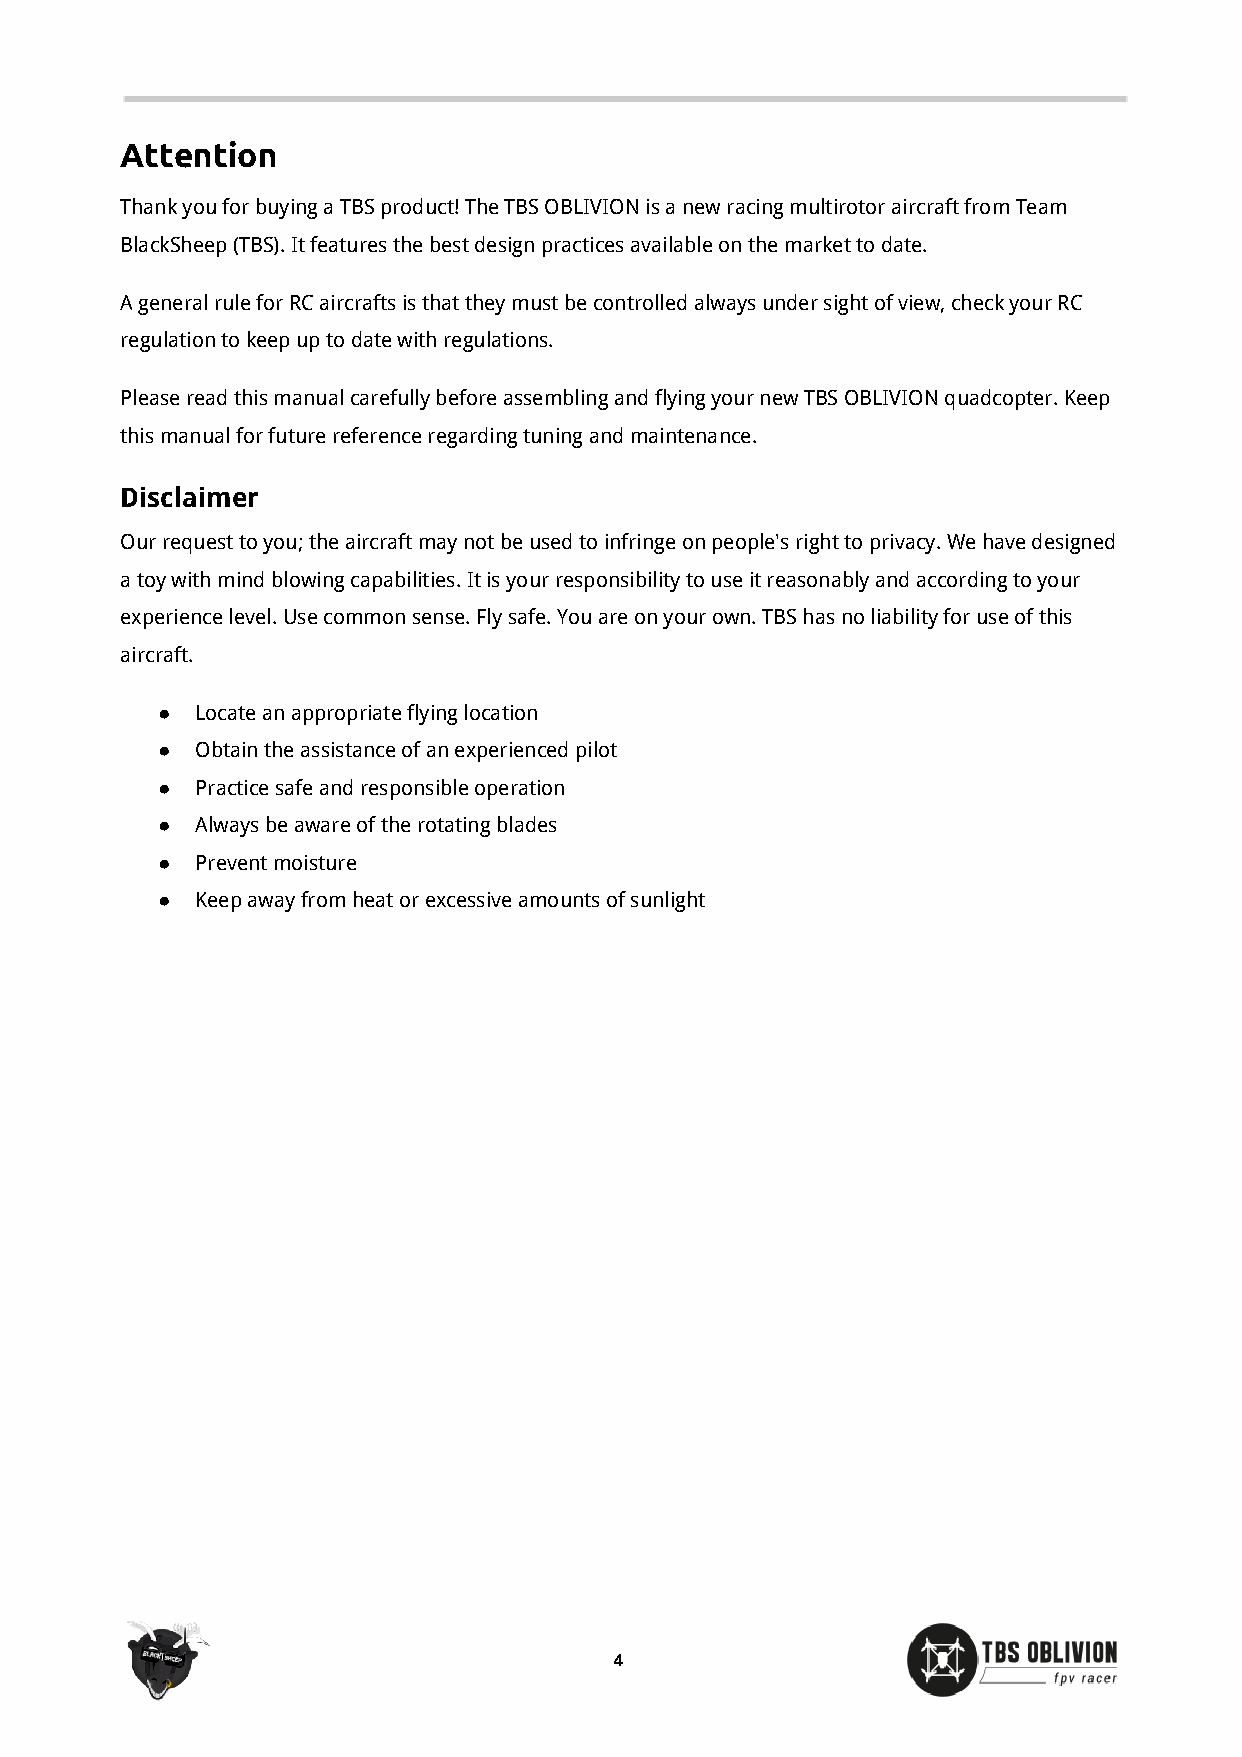
Attention
 Thank you for buying a TBS product! The TBS OBLIVION is a new racing multirotor aircraft from Team
 BlackSheep (TBS). It features the best design practices available on the market to date.
 A general rule for RC aircrafts is that they must be controlled always under sight of view, check your RC
 regulation to keep up to date with regulations.
 Please read this manual carefully before assembling and flying your new TBS OBLIVION quadcopter. Keep
 this manual for future reference regarding tuning and maintenance.
 Disclaimer
 Our request to you; the aircraft may not be used to infringe on people's right to privacy. We have designed
 a toy with mind blowing capabilities. It is your responsibility to use it reasonably and according to your
 experience level. Use common sense. Fly safe. You are on your own. TBS has no liability for use of this
 aircraft.
 ●  Locate an appropriate flying location
 ●  Obtain the assistance of an experienced pilot
 ●  Practice safe and responsible operation
 ●  Always be aware of the rotating blades
 ●  Prevent moisture
 ●  Keep away from heat or excessive amounts of sunlight
 4